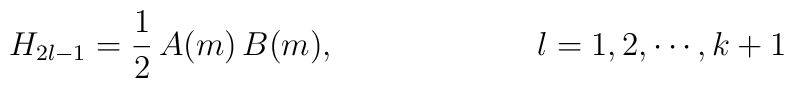
H_{2l-1}=\frac{1}{2}\,A(m)\,B(m), \hspace{1in} l=1, 2, \cdots, k+1